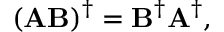
( \mathbf { A B } ) ^ { \dagger } = \mathbf { B } ^ { \dagger } \mathbf { A } ^ { \dagger } ,